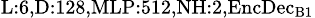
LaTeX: _{\textrm{L}:6,\textrm{D}:128,\textrm{MLP}:512,\textrm{NH}:2,\textrm{EncDec}_{\textrm{B}1}}